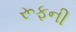
રૂફની